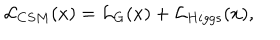
LaTeX: { \cal L } _ { C S M } ( x ) = { \cal L } _ { G } ( x ) + { \cal L } _ { H i g g s } ( x ) ,